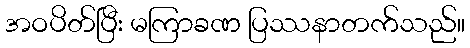
အဝပိတ်ပြီး မကြာခဏ ပြဿနာတက်သည်။